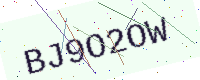
Text: BJ9O2OW